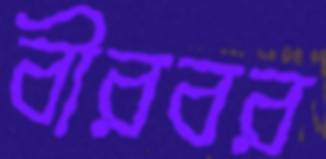
বীরবর